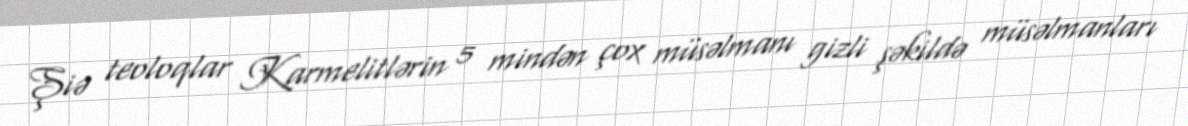
Şiə teoloqlar Karmelitlərin 5 mindən çox müsəlmanı gizli şəkildə müsəlmanları